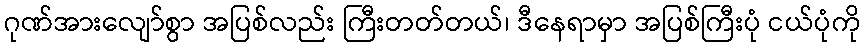
ဂုဏ်အားလျော်စွာ အပြစ်လည်း ကြီးတတ်တယ်၊ ဒီနေရာမှာ အပြစ်ကြီးပုံ ငယ်ပုံကို